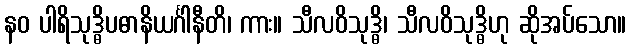
နဝ ပါရိသုဒ္ဓိပဓာနိယင်္ဂါနီတိ၊ ကား။ သီလဝိသုဒ္ဓိ၊ သီလဝိသုဒ္ဓိဟု ဆိုအပ်သော။